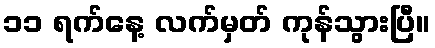
၁၁ ရက်နေ့ လက်မှတ် ကုန်သွားပြီ။